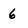
Character: 6